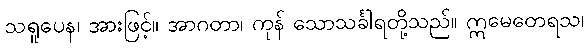
သရူပေန၊ အားဖြင့်။ အာဂတာ၊ ကုန် သောသင်္ခါရတို့သည်။ ဣမေတေရသ၊